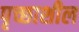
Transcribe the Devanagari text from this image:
पृच्छाशील